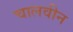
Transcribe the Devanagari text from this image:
चालवीन